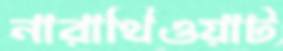
নারাথিওয়াট